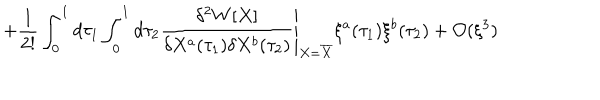
LaTeX: + \frac { 1 } { 2 ! } \int _ { 0 } ^ { 1 } d \tau _ { 1 } \int _ { 0 } ^ { 1 } d \tau _ { 2 } \left. \frac { \delta ^ { 2 } W [ X ] } { \delta X ^ { a } ( \tau _ { 1 } ) \delta X ^ { b } ( \tau _ { 2 } ) } \right| _ { X = \overline { { { X } } } } \xi ^ { a } ( \tau _ { 1 } ) \xi ^ { b } ( \tau _ { 2 } ) + { \cal O } ( \xi ^ { 3 } )